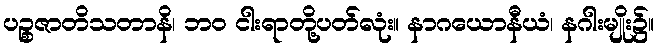
ပဉ္စဇာတိသတာနိ၊ ဘဝ ငါးရာတို့ပတ်လုံး။ နာဂယောနီယံ၊ နဂါးမျိုး၌။